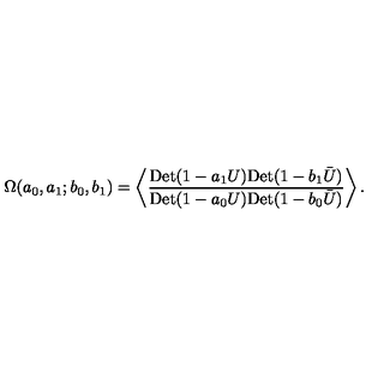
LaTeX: \Omega ( a _ { 0 } , a _ { 1 } ; b _ { 0 } , b _ { 1 } ) = \left\langle { \frac { \mathrm { D e t } ( 1 - a _ { 1 } U ) \mathrm { D e t } ( 1 - b _ { 1 } \bar { U } ) } { \mathrm { D e t } ( 1 - a _ { 0 } U ) \mathrm { D e t } ( 1 - b _ { 0 } \bar { U } ) } } \right\rangle .